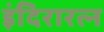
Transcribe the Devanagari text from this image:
इंदिरारत्‍न